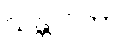
သန္တာပိတာ